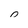
Character: 0